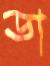
ডা